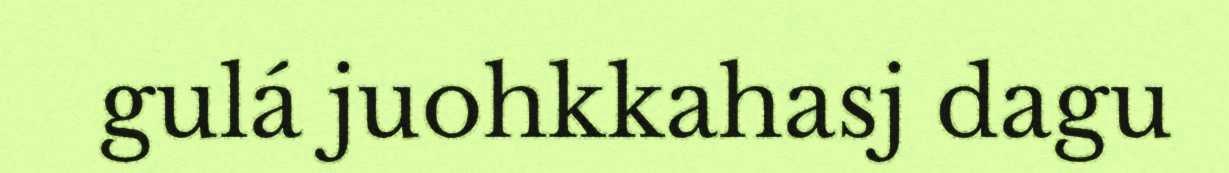
gulá juohkkahasj dagu